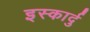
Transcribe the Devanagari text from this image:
इस्कार्दु